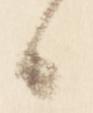
候